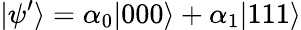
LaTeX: \vert\psi^{\prime}\rangle=\alpha_{0}\vert 000\rangle+\alpha_{1}\vert 111\rangle